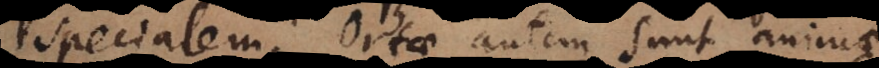
specialem. Ortae autem sunt animae,